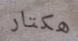
هكتار